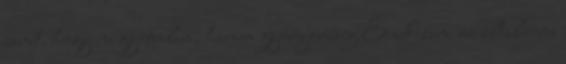
zenét, hogy ne gyötrelem, hanem gyönyörűség Ének-zene az általános